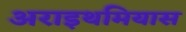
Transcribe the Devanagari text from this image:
अराइथमियास